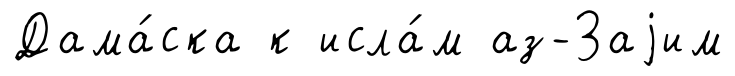
Дама́ска к исла́м аз-Заjим